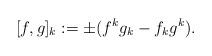
LaTeX: \begin{align*}[f,g]_k:=\pm (f^kg_k-f_kg^k).\end{align*}